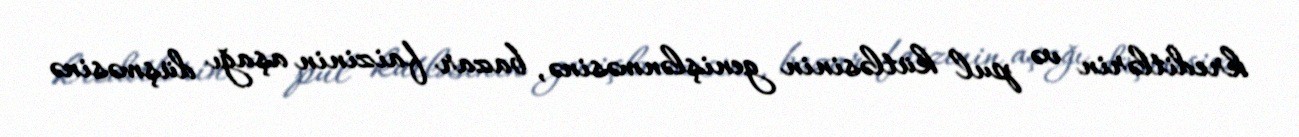
kreditlərin və pul kütləsinin genişlənməsinə, bazar faizinin aşağı düşməsinə